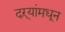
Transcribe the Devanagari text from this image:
दऱ्यांमधून